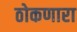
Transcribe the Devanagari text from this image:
ठोकणारा